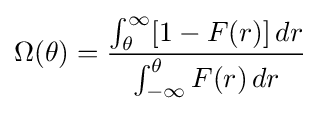
\Omega (\theta )={\frac {\int _{\theta }^{\infty }[1-F(r)]\,dr}{\int _{-\infty }^{\theta }F(r)\,dr}}